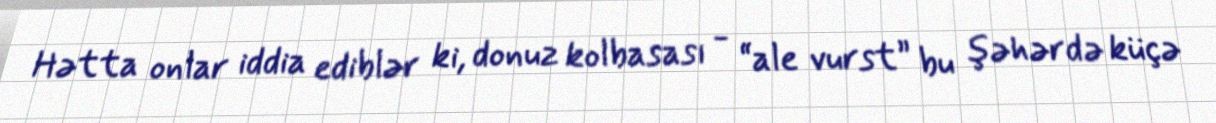
Hətta onlar iddia ediblər ki, donuz kolbasası - “ale vurst” bu şəhərdə küçə